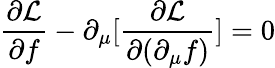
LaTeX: \frac{\partial{\cal L}}{\partial f}-\partial_{\mu}[\frac{\partial{\cal L}}{\partial(\partial_{\mu}f)}]=0